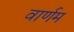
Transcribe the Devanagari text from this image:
वार्णम